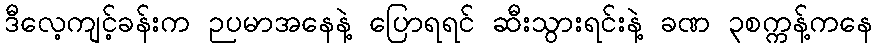
ဒီလေ့ကျင့်ခန်းက ဉပမာအနေနဲ့ ပြောရရင် ဆီးသွားရင်းနဲ့ ခဏ ၃စက္ကန့်ကနေ